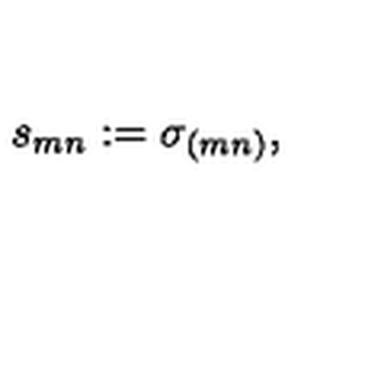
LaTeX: s _ { m n } : = \sigma _ { ( m n ) } ,